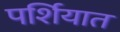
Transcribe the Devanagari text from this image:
पर्शियात